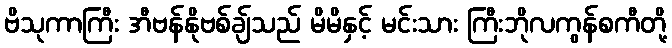
ဗိသုကာကြီး အီဗန်နိုဗစ်ချ်သည် မိမိနှင့် မင်းသား ကြီးဘိုလကွန်စကီတို့